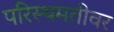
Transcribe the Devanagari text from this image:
परिस्थमतीवर